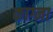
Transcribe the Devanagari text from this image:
काग्ना